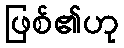
ဖြစ်၏ဟု